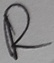
Text: R